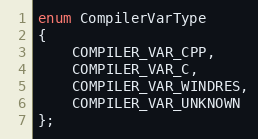
Language: C
enum CompilerVarType
{
	COMPILER_VAR_CPP,
	COMPILER_VAR_C,
	COMPILER_VAR_WINDRES,
	COMPILER_VAR_UNKNOWN
};